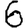
Digit: 6